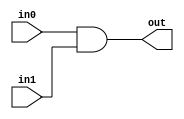
module TC_And(in0, in1, out);
    parameter UUID = 0;
    parameter NAME = "";
    parameter BIT_WIDTH = 1;
    input [BIT_WIDTH-1:0] in0;
    input [BIT_WIDTH-1:0] in1;
    output [BIT_WIDTH-1:0] out;
    
    assign out = in0 & in1;
endmodule